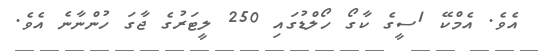
އެވެ. އެމްކޭ 1ސީގެ ކާގޯ ހޯލްޑުގައި 250 ލީޓަރުގެ ޖާގަ ހުންނާނެ އެވެ.